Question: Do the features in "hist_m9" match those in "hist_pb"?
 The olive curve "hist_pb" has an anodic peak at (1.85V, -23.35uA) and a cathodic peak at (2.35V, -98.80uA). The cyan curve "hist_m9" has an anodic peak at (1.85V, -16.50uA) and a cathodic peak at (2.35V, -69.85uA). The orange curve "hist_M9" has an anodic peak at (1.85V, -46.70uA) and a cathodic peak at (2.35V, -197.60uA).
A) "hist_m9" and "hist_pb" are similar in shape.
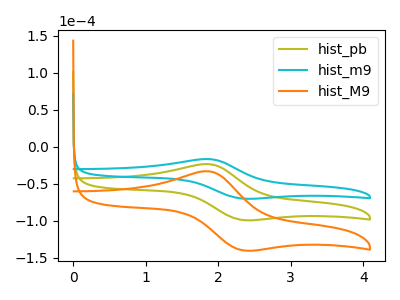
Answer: <think>All the peaks in "hist_m9" have a peak in "hist_pb" at the same potential.
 </think>
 <answer>A) "hist_m9" and "hist_pb" are similar in shape.</answer>
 <eval>A</eval>